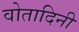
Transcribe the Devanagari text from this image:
वोतादिनी